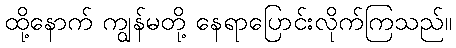
ထို့နောက် ကျွန်မတို့ နေရာပြောင်းလိုက်ကြသည်။